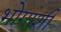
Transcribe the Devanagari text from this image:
भोगांशी